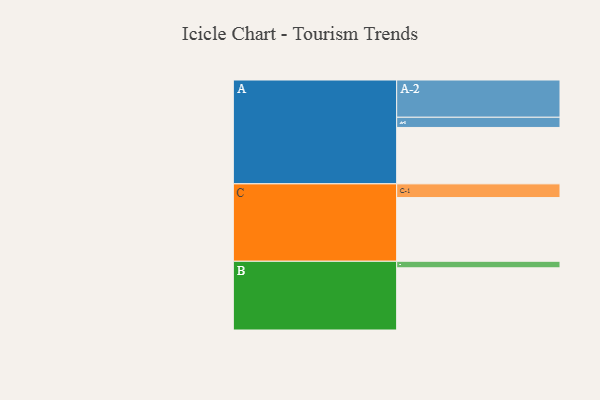
{"axis": {"x": "Segment", "y": "Value"}, "legend": ["", "A", "B", "C"], "data": [{"x": "A", "y": 448, "type": ""}, {"x": "B", "y": 494, "type": ""}, {"x": "C", "y": 506, "type": ""}, {"x": "A-1", "y": 81, "type": "A"}, {"x": "A-2", "y": 296, "type": "A"}, {"x": "B-1", "y": 52, "type": "B"}, {"x": "C-1", "y": 109, "type": "C"}]}